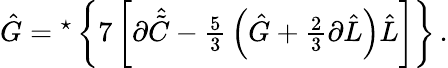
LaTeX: \hat{G}={}^{\star}\left\{ 7\left[\partial\hat{\tilde{C}}-{\textstyle\frac{5}{3}}\left(\hat{G}+{\textstyle\frac{2}{3}}\partial\hat{L}\right)\hat{L}\right]\right\} \, .